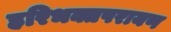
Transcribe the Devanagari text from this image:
हरिभक्तपरायण